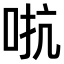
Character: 𫩽